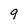
Character: 9